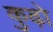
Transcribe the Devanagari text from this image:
कुढ़ो